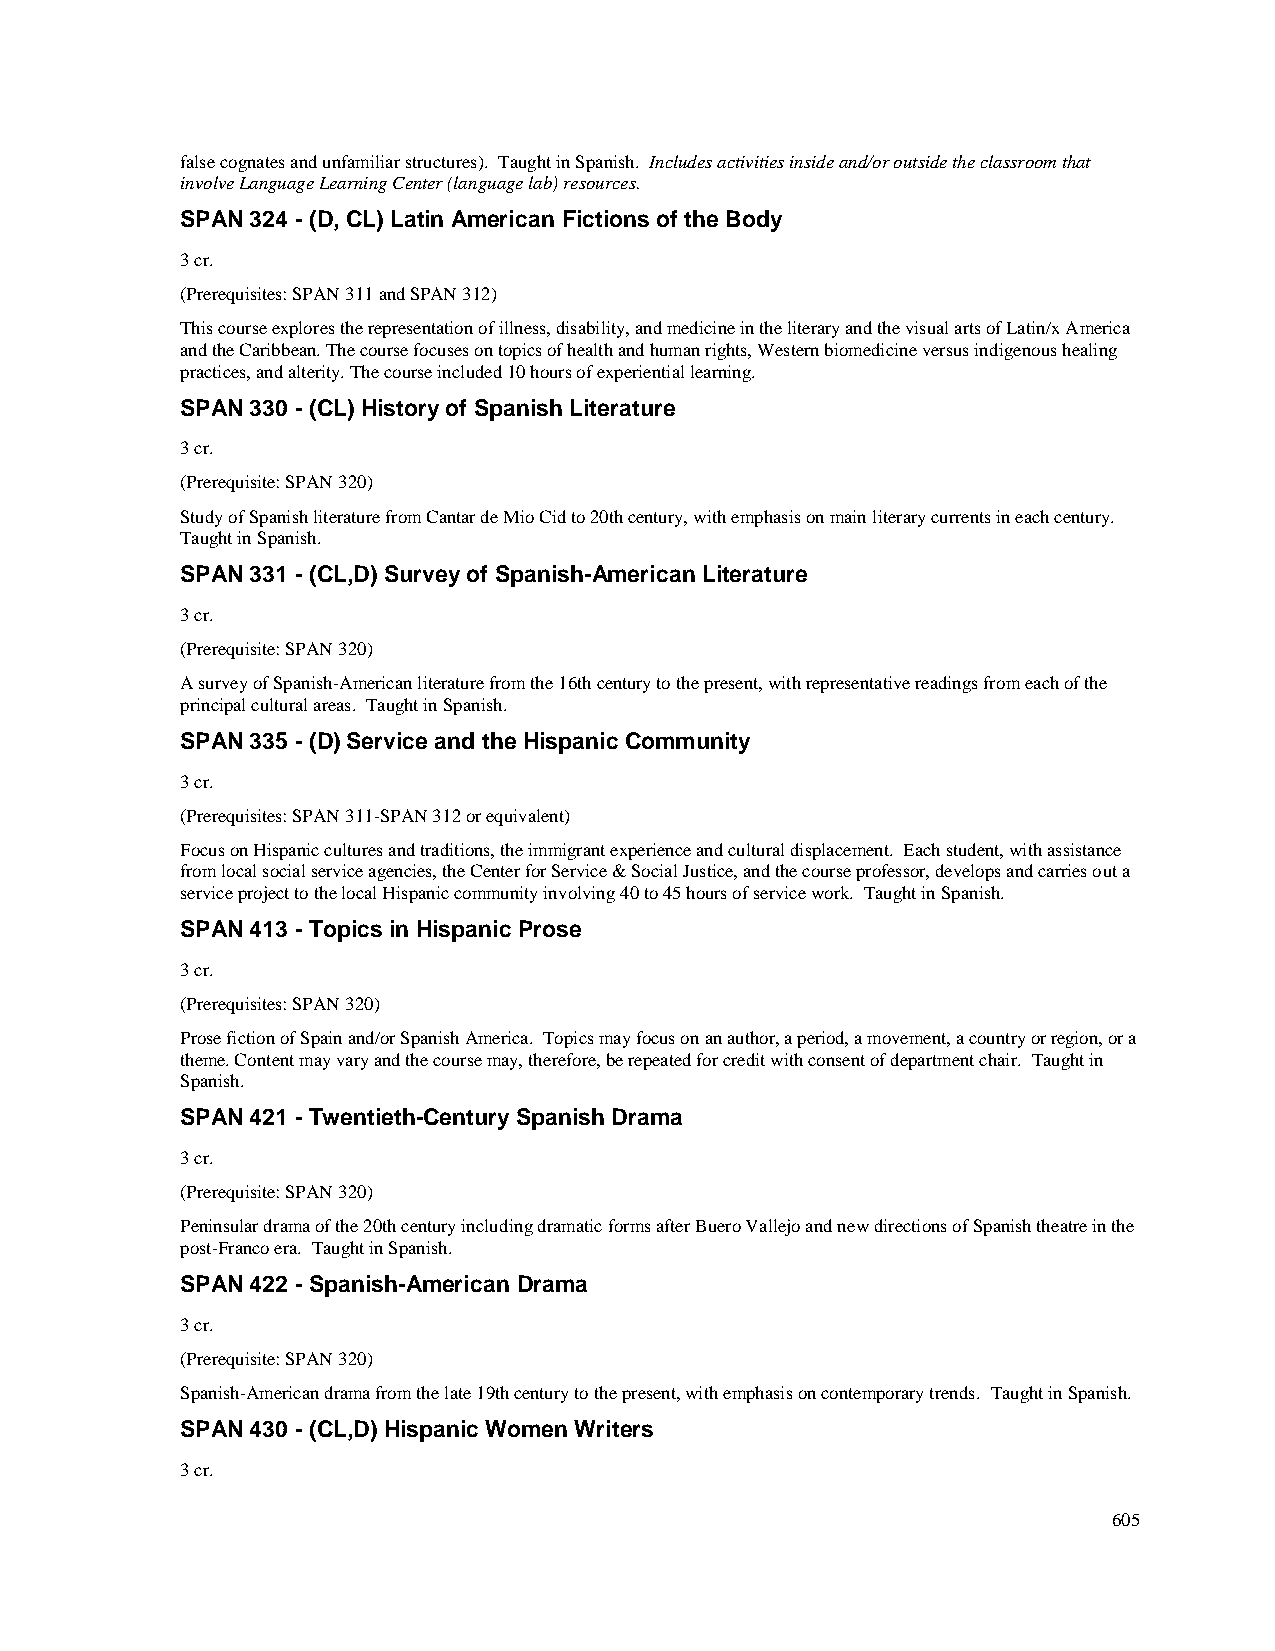
false cognates and unfamiliar structures). Taught in Spanish. Includes activities inside and/or outside the classroom that
 involve Language Learning Center (language lab) resources.
 SPAN 324 - (D, CL) Latin American Fictions of the Body
 3 cr.
 (Prerequisites: SPAN 311 and SPAN 312)
 This course explores the representation of illness, disability, and medicine in the literary and the visual arts of Latin/x America
 and the Caribbean. The course focuses on topics of health and human rights, Western biomedicine versus indigenous healing
 practices, and alterity. The course included 10 hours of experiential learning.
 SPAN 330 - (CL) History of Spanish Literature
 3 cr.
 (Prerequisite: SPAN 320)
 Study of Spanish literature from Cantar de Mio Cid to 20th century, with emphasis on main literary currents in each century.
 Taught in Spanish.
 SPAN 331 - (CL,D) Survey of Spanish-American Literature
 3 cr.
 (Prerequisite: SPAN 320)
 A survey of Spanish-American literature from the 16th century to the present, with representative readings from each of the
 principal cultural areas. Taught in Spanish.
 SPAN 335 - (D) Service and the Hispanic Community
 3 cr.
 (Prerequisites: SPAN 311-SPAN 312 or equivalent)
 Focus on Hispanic cultures and traditions, the immigrant experience and cultural displacement. Each student, with assistance
 from local social service agencies, the Center for Service & Social Justice, and the course professor, develops and carries out a
 service project to the local Hispanic community involving 40 to 45 hours of service work. Taught in Spanish.
 SPAN 413 - Topics in Hispanic Prose
 3 cr.
 (Prerequisites: SPAN 320)
 Prose fiction of Spain and/or Spanish America. Topics may focus on an author, a period, a movement, a country or region, or a
 theme. Content may vary and the course may, therefore, be repeated for credit with consent of department chair. Taught in
 Spanish.
 SPAN 421 - Twentieth-Century Spanish Drama
 3 cr.
 (Prerequisite: SPAN 320)
 Peninsular drama of the 20th century including dramatic forms after Buero Vallejo and new directions of Spanish theatre in the
 post-Franco era. Taught in Spanish.
 SPAN 422 - Spanish-American Drama
 3 cr.
 (Prerequisite: SPAN 320)
 Spanish-American drama from the late 19th century to the present, with emphasis on contemporary trends. Taught in Spanish.
 SPAN 430 - (CL,D) Hispanic Women Writers
 3 cr.
 605